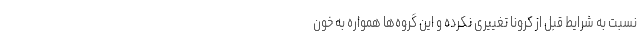
نسبت به شرایط قبل از کرونا تغییری نکرده و این گروه‌ها همواره به خون